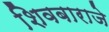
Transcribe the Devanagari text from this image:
शिवबाराजे